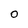
Character: 0